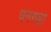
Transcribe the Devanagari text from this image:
धनगड़ा